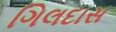
ગિલદાસ